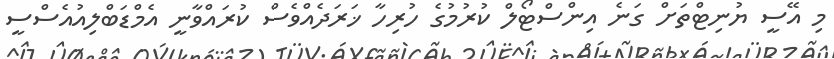
މި އޭސީ ޔުނިޓްތަށް ގަނެ އިންސްޓޯލް ކުރުމުގެ ހުރިހާ ޚަރަދެއްވެސް ކުރައްވާނީ އެމްޑަބްލިއުއެސްސީ